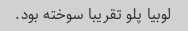
لوبیا پلو تقریبا سوخته بود.